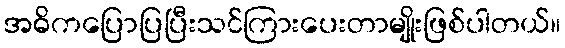
အဓိကပြောပြပြီးသင်ကြားပေးတာမျိုးဖြစ်ပါတယ်။